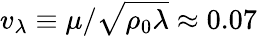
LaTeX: v_{\lambda}\equiv\mu/\sqrt{\rho_{0}\lambda}\approx 0.07